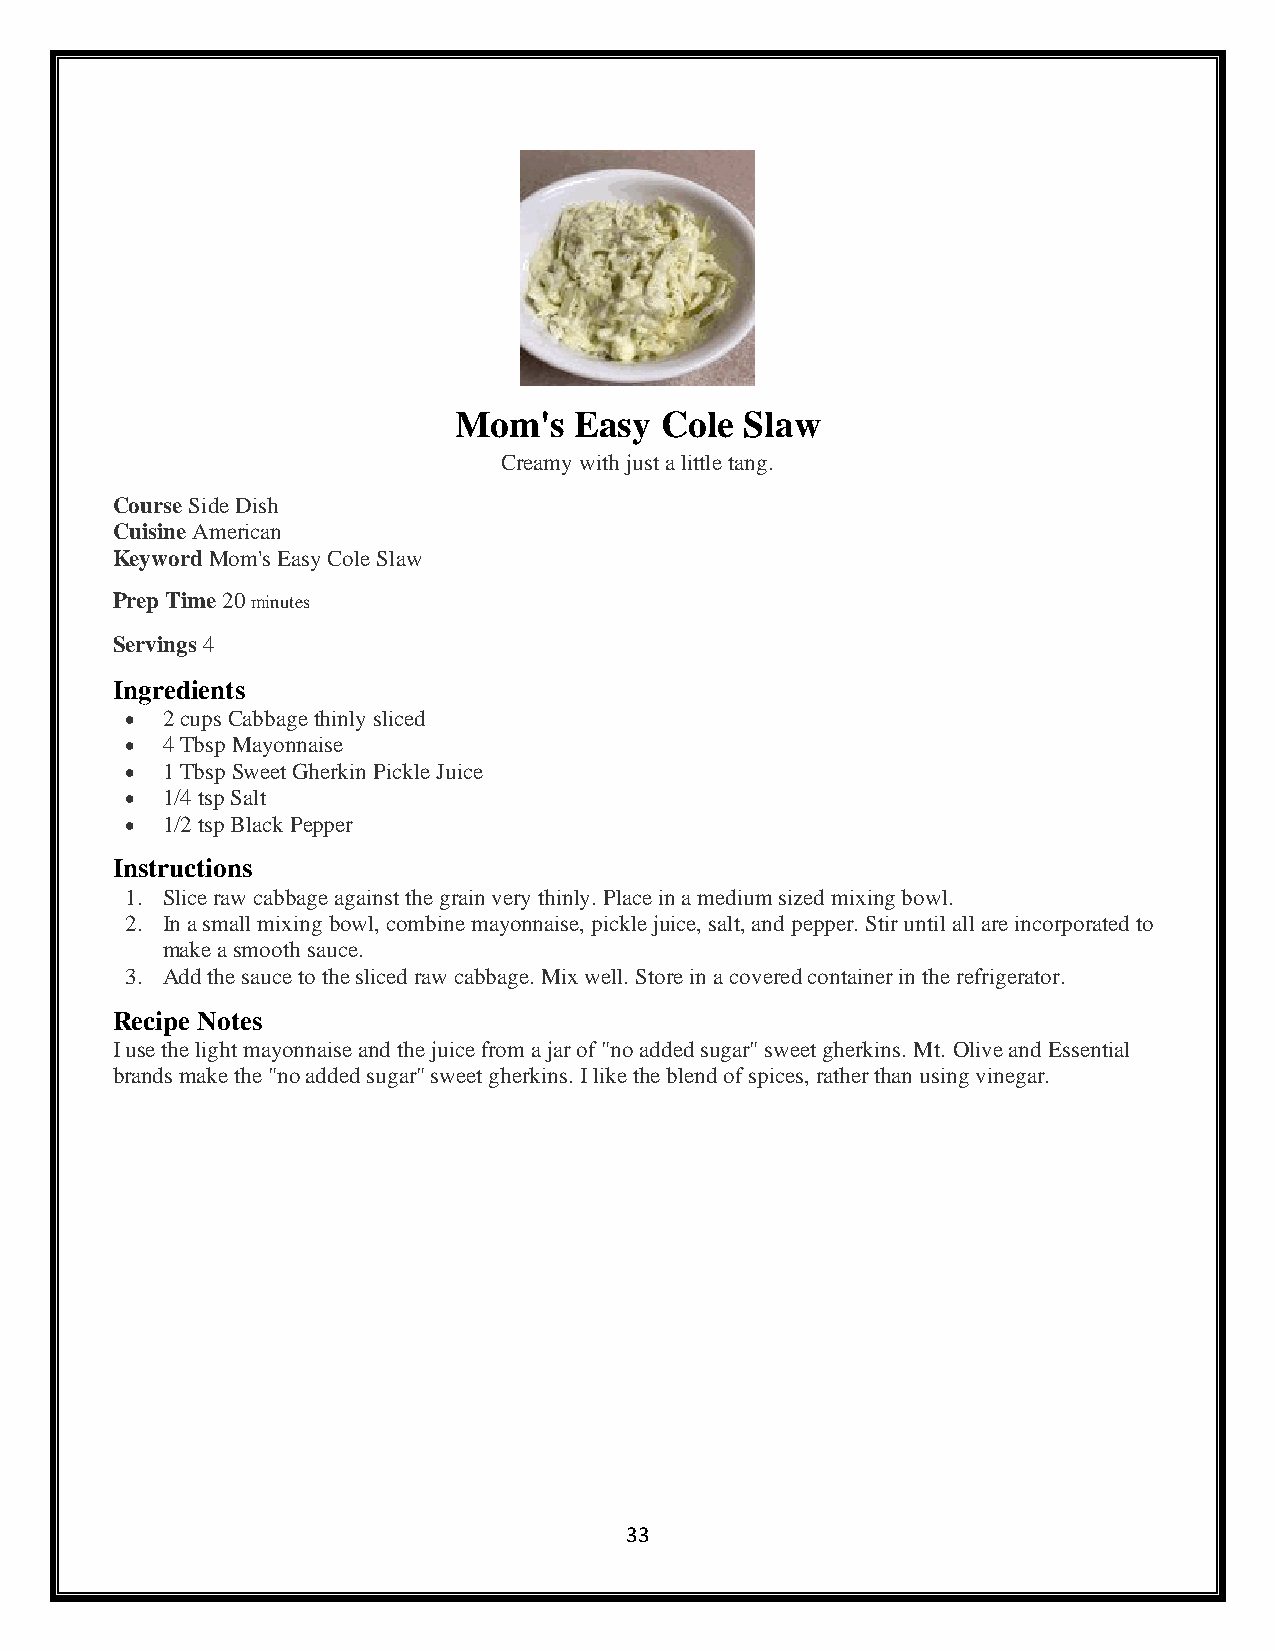
Mom's   Easy  Cole Slaw
 Creamy with just a little tang.
 Course Side Dish
 Cuisine American
 Keyword Mom's Easy Cole Slaw
 Prep Time 20 minutes
 Servings 4
 Ingredients
 •  2 cups Cabbage thinly sliced
 •  4 Tbsp Mayonnaise
 •  1 Tbsp Sweet Gherkin Pickle Juice
 •  1/4 tsp Salt
 •  1/2 tsp Black Pepper
 Instructions
 1. Slice raw cabbage against the grain very thinly. Place in a medium sized mixing bowl.
 2. In a small mixing bowl, combine mayonnaise, pickle juice, salt, and pepper. Stir until all are incorporated to
 make a smooth sauce.
 3. Add the sauce to the sliced raw cabbage. Mix well. Store in a covered container in the refrigerator.
 Recipe Notes
 I use the light mayonnaise and the juice from a jar of "no added sugar" sweet gherkins. Mt. Olive and Essential
 brands make the "no added sugar" sweet gherkins. I like the blend of spices, rather than using vinegar.
 33